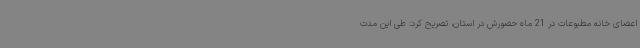
اعضای خانه مطبوعات در 21 ماه حضورش در استان، تصریح کرد: طی این مدت